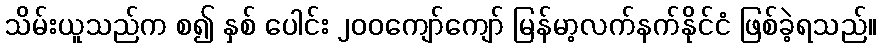
သိမ်းယူသည်က စ၍ နှစ် ပေါင်း ၂၀၀ကျော်ကျော် မြန်မာ့လက်နက်နိုင်ငံ ဖြစ်ခဲ့ရသည်။